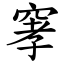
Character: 窙